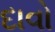
દાવો